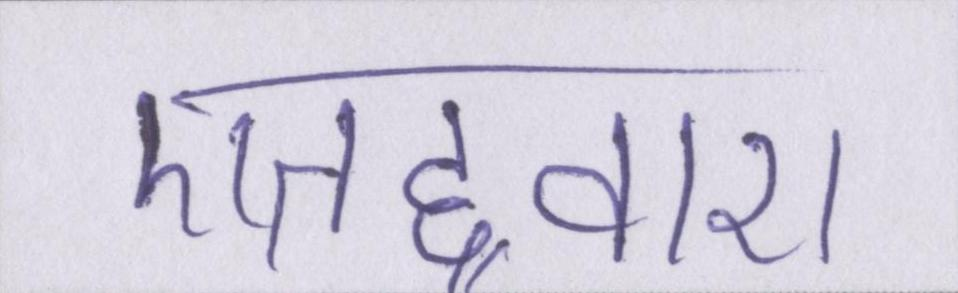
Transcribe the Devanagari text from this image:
एतद्द्वारा